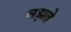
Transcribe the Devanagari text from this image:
सझते